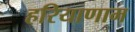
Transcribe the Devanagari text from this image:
हरियाणाम